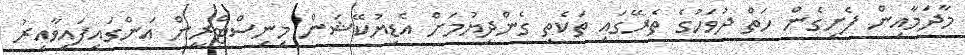
މާދަމާއިން ފެށިގެން ހަތް ދުވަހުގެ ތެރޭގައި ތަކެތި ގެންދިޔުމަށް އެޑިޔުކޭޝަން މިނިސްޓްރީން އަންގައިފައިވާއިރު